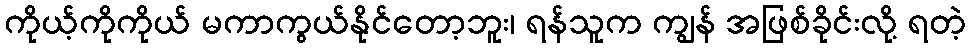
ကိုယ့်ကိုကိုယ် မကာကွယ်နိုင်တော့ဘူး၊ ရန်သူက ကျွန် အဖြစ်ခိုင်းလို့ ရတဲ့